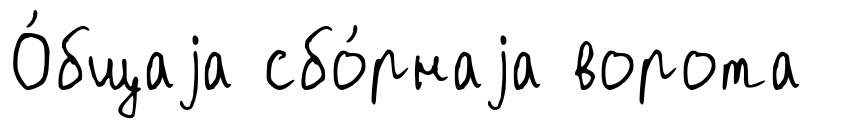
О́бщаjа сбо́рнаjа ворота